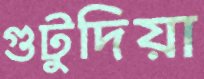
গুটুদিয়া